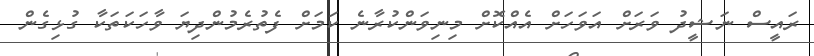
ރައީސް ނަޝީދު ވަރަށް އަވަހަށް އެއްކޮށް މިނިވަންކުރާނެ ކަމަށް ފެތުރެމުންދިޔަ ވާހަކަތަކާ ގުޅިގެން